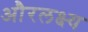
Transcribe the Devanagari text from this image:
औरलक्ष्य